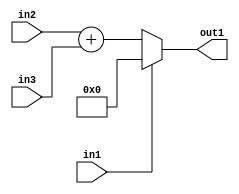
`timescale 1ps / 1ps
/*****************************************************************************
    Verilog RTL Description
    
    
    Created by: Stratus DpOpt 21.05.01 
*******************************************************************************/

module dut_entirecomputation_alt18_0 (
	in1,
	in2,
	in3,
	out1
	); /* architecture "behavioural" */ 
input  in1;
input [11:0] in2,
	in3;
output [12:0] out1;
wire [12:0] asc001,
	asc002;

assign asc002 = 
	+(in2)
	+(in3);

reg [12:0] asc001_tmp_0;
assign asc001 = asc001_tmp_0;
always @ (in1 or asc002) begin
	case (in1)
		1'B1 : asc001_tmp_0 = 13'B0000000000000 ;
		default : asc001_tmp_0 = asc002 ;
	endcase
end

assign out1 = asc001;
endmodule

/* CADENCE  v7H0TA0= : u9/ySxbfrwZIxEzHVQQV8Q== ** DO NOT EDIT THIS LINE ******/